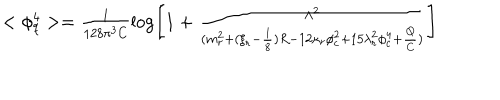
\begin{array} { l } { { < \phi _ { q } ^ { 4 } > = \frac 1 { 1 2 8 \pi ^ { 3 } C } \log \left[ 1 + \frac { \Lambda ^ { 2 } } { ( m _ { r } ^ { 2 } + ( \xi _ { r } - \frac 1 8 ) R - 1 2 \kappa _ { r } \phi _ { c } ^ { 2 } + 1 5 \lambda _ { r } ^ { 2 } \phi _ { c } ^ { 4 } + \frac Q C ) } \right] } } \\ \end{array}